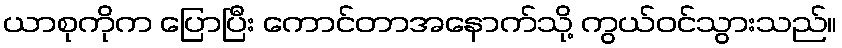
ယာစုကိုက ပြောပြီး ကောင်တာအနောက်သို့ ကွယ်ဝင်သွားသည်။